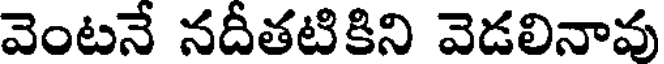
వెంటనే నదీతటికిని వెడలినావు